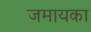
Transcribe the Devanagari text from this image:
जमायका